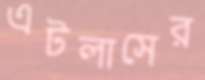
এটলাসের